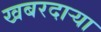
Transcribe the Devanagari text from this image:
खबरदाऱ्या